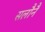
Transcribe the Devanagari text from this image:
सलौनैं